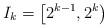
LaTeX: \begin{align*}I_k = \left[ 2^{k-1}, 2^k \right)\end{align*}